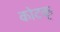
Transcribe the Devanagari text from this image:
कोटक्